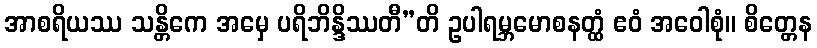
အာစရိယဿ သန္တိကေ အမှေ ပရိဘိန္ဒိဿတီ”တိ ဥပါရမ္ဘမောစနတ္ထံ ဧဝံ အဝေါစုံ။ စိတ္တေန